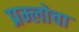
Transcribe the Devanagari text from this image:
प्रम्लोचा